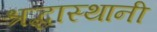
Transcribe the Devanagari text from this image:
श्रद्धास्थानी